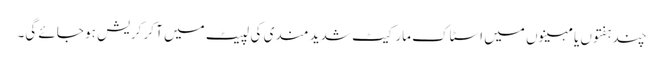
چند ہفتوں یا مہینوں میں اسٹاک مارکیٹ شدید مندی کی لپیٹ میں آ کر کریش ہو جائے گی۔